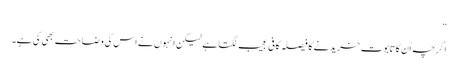
“
اگرچہ اُن کا تابوت خریدنے کا فیصلہ کافی عجیب لگتا ہے لیکن انہوں نے اس کی وضاحت بھی کی ہے۔